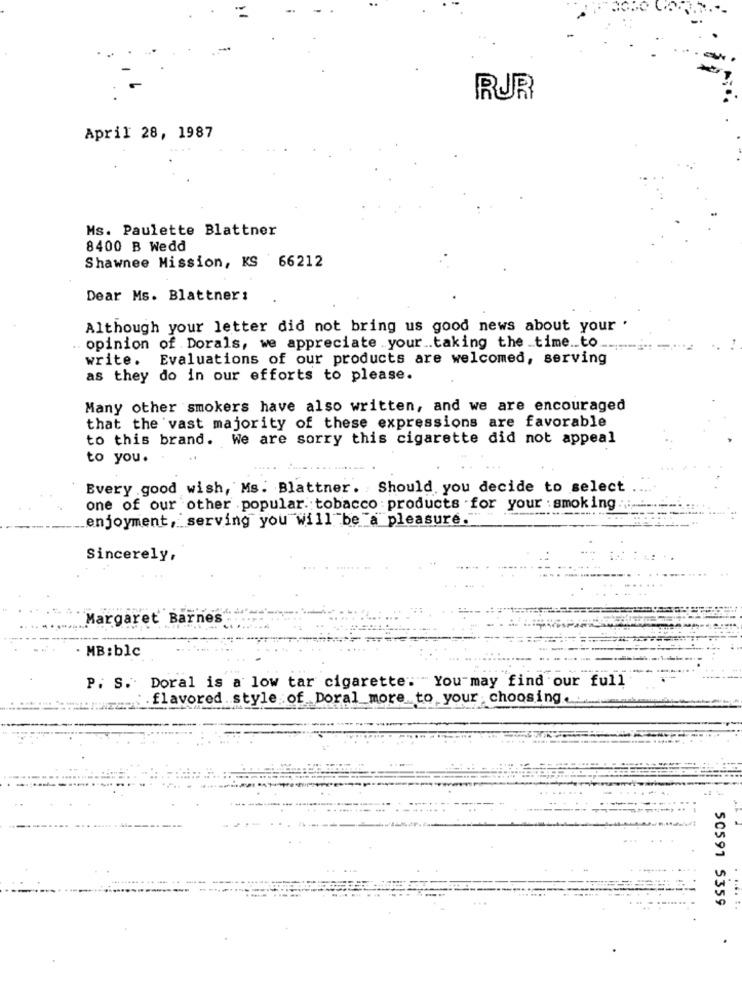
RUR
April 28, 1987
Ms. Paulette Blattner
8400 B Wedd
Shawnee Mission, KS 66212
Dear Ms. Blattner:
Although your letter did not bring us good news about your .
.. opinion of Dorals, we appreciate your .. taking the _time .. to
write. Evaluations of our products are welcomed, serving
as they do in our efforts to please.
Many other smokers have also written, and we are encouraged
that the vast majority of these expressions are favorable
to this brand. We are sorry this cigarette did not appeal
to you.
Every .good wish, Ms. Blattner. Should you decide to select
one of our other popular. tobacco products for your :smoking ....
enjoyment, serving you will be a pleasure.
Sincerely,
Margaret Barnes
MB: blc
P. S. Doral is a low tar cigarette. You may find our full
flavored style of Doral more to your choosing ....
50591 5359